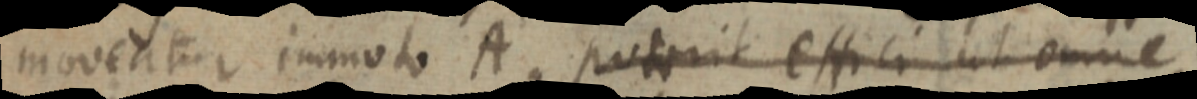
moveatur immoto A. poterit effici ut omne